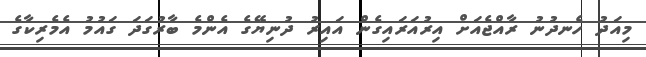
މިއަދު ހެނދުނު ރާއްޖެއަށް އިރުއަރައިގެން އައިރު ދުނިޔޭގެ އެންމެ ބާރުގަދަ ގައުމު އެމެރިކާގެ